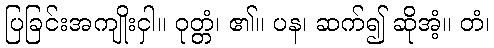
ပြခြင်းအကျိုးငှါ။ ဝုတ္တံ၊ ၏။ ပန၊ ဆက်၍ ဆိုအံ့။ တံ၊